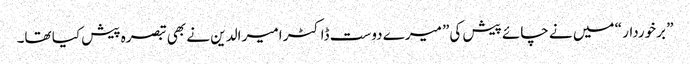
” برخوردار “ میں نے چائے پیش کی” میرے دوست ڈاکٹر امیر الدین نے بھی تبصرہ پیش کیا تھا۔